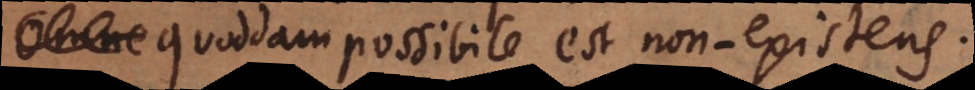
Quoddam possibile est non‐existens.